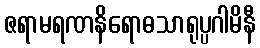
ဇရာမရဏနိရောဓသာရုပ္ပဂါမိနီ